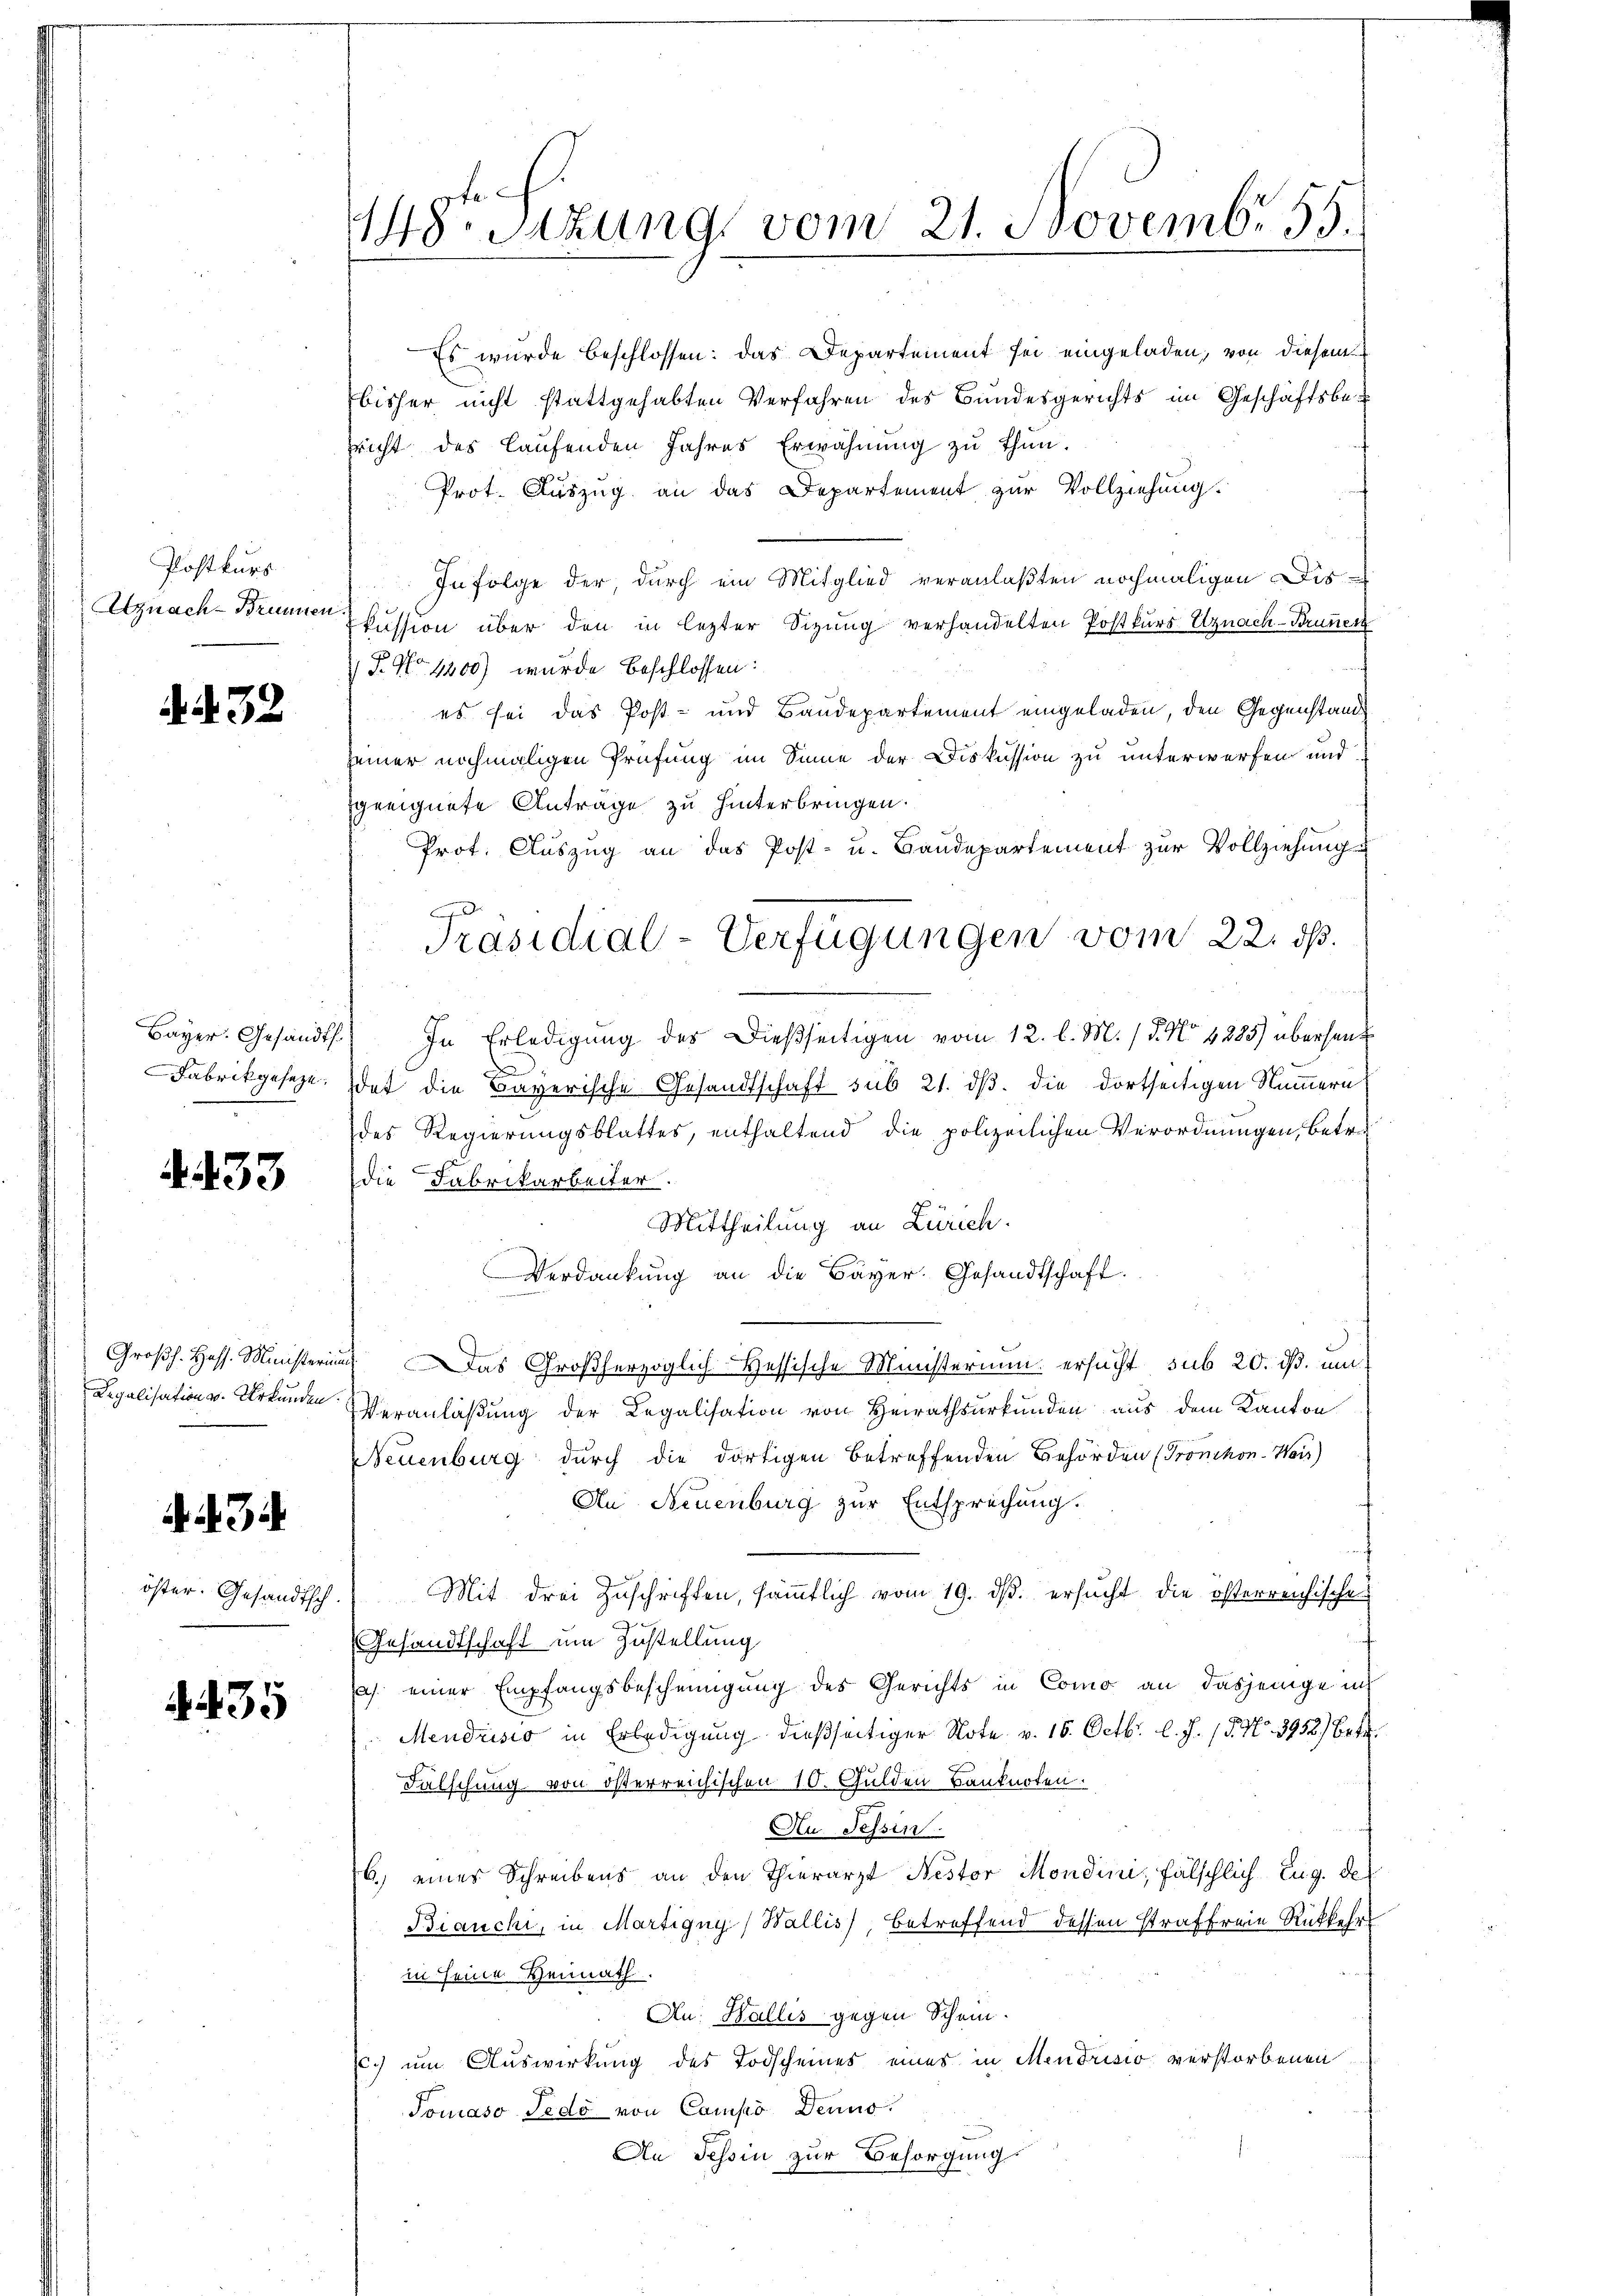
Postkurs
Uznach - Brunnen

. 32

Bayer. Gesandt.
Fabrikgeseze.

4. 433

Großh. Hass. Ministerin
Legalisation v. Urkunden

öster. Gesandtsch.

. 435

148. Sizung vom 21. Novembr. 155.

Es wurde beschlossen: das Departement sei eingeladen, von diesem
bisher nicht stattgehabten Verfahren des Bundesgerichts im Geschäftsbe
sricht des laufenden Jahres Erwähnung zu thun.
Prot. Auszug an das Departement zur Vollziehung.
In Folge der durch ein Mitglied veranlaßten nochmaligen Diskussion über den in lezter Sizung verhandelten Postkurs Uznach - Brunner
 P. No 1300) wurde beschlossen:
es sei das Post- und Baudepartement eingeladen, den Gegenstandseiner nochmaligen Prüfung im Sinne der Diskussion zu unterwerfen und
geeignete Antrage zu hinterbringen.
Prot. Auszug an das Post- u. Baudepartement zur Vollziehung
In Erledigung des Dießseitigen vom 12. l. M. / 5. No 4285) überhaus
d
det die Bayerische Gesandtschaft sub 21. ds. die dortseitigen Nummern
des Regierungsblattes, enthaltend die polizeilichen Verordnungen, betre
die Fabrikarbeiter.
Mittheilung an Zürich.
Verdankung an die Bayer. Gesandtschaft.
. Das Großherzoglich-Hessische Ministerium ersucht, sub 20. ß. un
VVeranlaßung der Legalisation von Heiratsurkunden aus dem Kanton
Neuenburg durch die dortigen betreffenden Behörden (Pronchon-Wais
Au Neuenburg zur Entsprechung.
Mit drei Zuschriften, sämtlich vom 19. ds. ersucht die österreichischen
Gesandtschaft um Zustellung
s. einer Empfangsbescheinigung des Gerichts in Como an dasjenige in
Mendrisio in Erledigung dießseitiger Note v. 15. Octbr. l. J. 15. No. 3958.) Betr.
Fälschung von österreichischen 10. Gulden Banknoten.
Au Tessin
6.) eines Schreibens an den Thierarzt Nestor Mondini, fälschlich-Eug. de
Bianchi, in Martigny (Wallis, betreffend dessen Straffreie Rückkehr
in seine Hennath.
Au: Wallis gegen Schein.
c. um Auswirkung des Todscheines eines in Mendrisio verstorbenen
Tomaso Jede von Campo Denno
An Tessin zur Besorgungs

Präsidial-Verfügungen vom 22. ds.